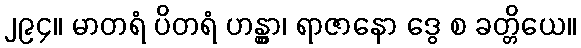
၂၉၄။ မာတရံ ပိတရံ ဟန္တွာ၊ ရာဇာနော ဒွေ စ ခတ္တိယေ။